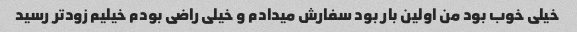
خیلی خوب بود من اولین بار بود سفارش میدادم و خیلی راضی بودم خیلیم زودتر رسید